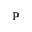
\mathbb { P }